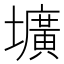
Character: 壙